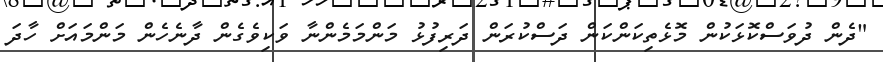
"ދެން ދުވަސްކޮޅަކުން މޮޅެތިކަންކަން ދަސްކުރަން ދަރިފުޅު މަންމަމެންނާ ވަކިވެގެން ދާނެހެން މަންމައަށް ހާދަ